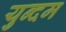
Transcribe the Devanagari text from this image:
युन्दम